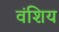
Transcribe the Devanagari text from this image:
वंशिय